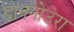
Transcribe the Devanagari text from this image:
दाननोउरा